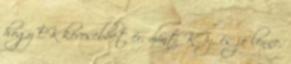
hogy ÉK kevesebbet ér, mint KGy, és jó lenne,